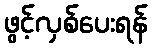
ဖွင့်လှစ်ပေးရန်